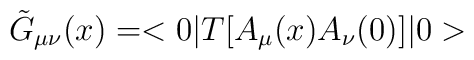
\tilde{G}_{\mu\nu}(x)=<0|T[A_\mu(x)A_\nu(0)]|0>